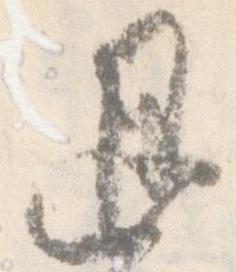
退